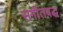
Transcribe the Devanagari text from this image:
सगीतबद्ध